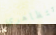
تتظاهري